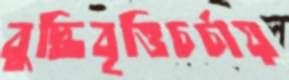
বুদ্ধিবৃত্তিচর্চায়